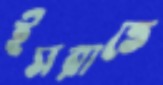
ইসরাতে